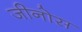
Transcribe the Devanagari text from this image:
जीनोस